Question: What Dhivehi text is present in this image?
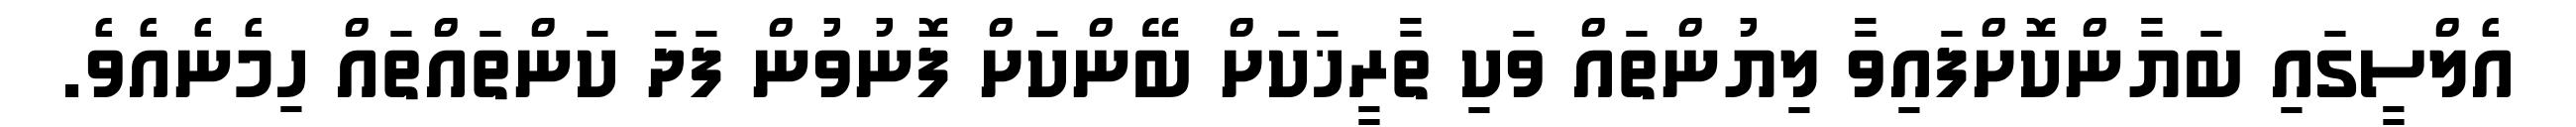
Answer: އެލްސީގައި ބަޔާންކޮށްފައިވާ ލިޔުންތައް ވަކި ތާރީޚަކަށް ބޭންކަށް ފޮނުވުން ފަދަ ކަންތައްތައް ހިމެނެއެވެ.